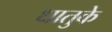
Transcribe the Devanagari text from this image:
धातुके